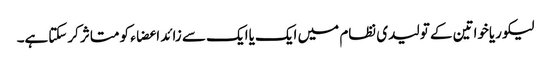
لیکوریاخواتین کے تولیدی نظام میں ایک یاایک سے زائد اعضاء کو متاثر کرسکتاہے۔